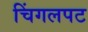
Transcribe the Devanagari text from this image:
चिंगलपट